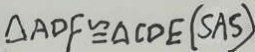
\Delta A D F \cong \Delta C D E ( S A S )